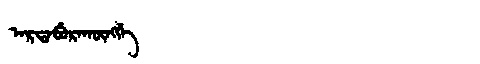
Manchu: ᠠᡵᡨᠠᠪᡠᡵᠠᡴᡡᠩᡤᡝ
Romanization: ARTABURAKŪNGGE